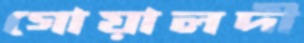
গোয়ালদী